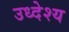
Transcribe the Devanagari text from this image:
उध्देश्य